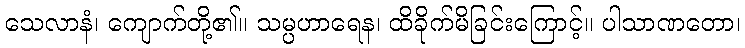
သေလာနံ၊ ကျောက်တို့၏။ သမ္ပဟာရေန၊ ထိခိုက်မိခြင်းကြောင့်။ ပါသာဏတော၊